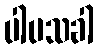
ပါပသခါ